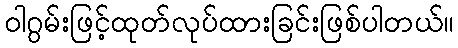
ဝါဂွမ်းဖြင့်ထုတ်လုပ်ထားခြင်းဖြစ်ပါတယ်။